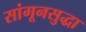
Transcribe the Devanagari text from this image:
सांगूनसुद्धा